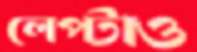
লেপ্‌টাও